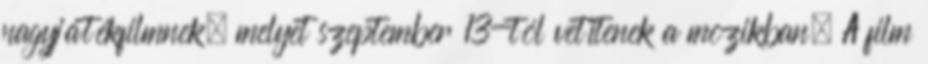
nagyjátékfilmnek, melyet szeptember 13-tól vetítenek a mozikban. A film